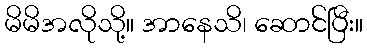
မိမိအလိုသို့။ အာနေသိ၊ ဆောင်ပြီး။